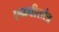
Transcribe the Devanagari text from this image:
एकवीरतंत्र